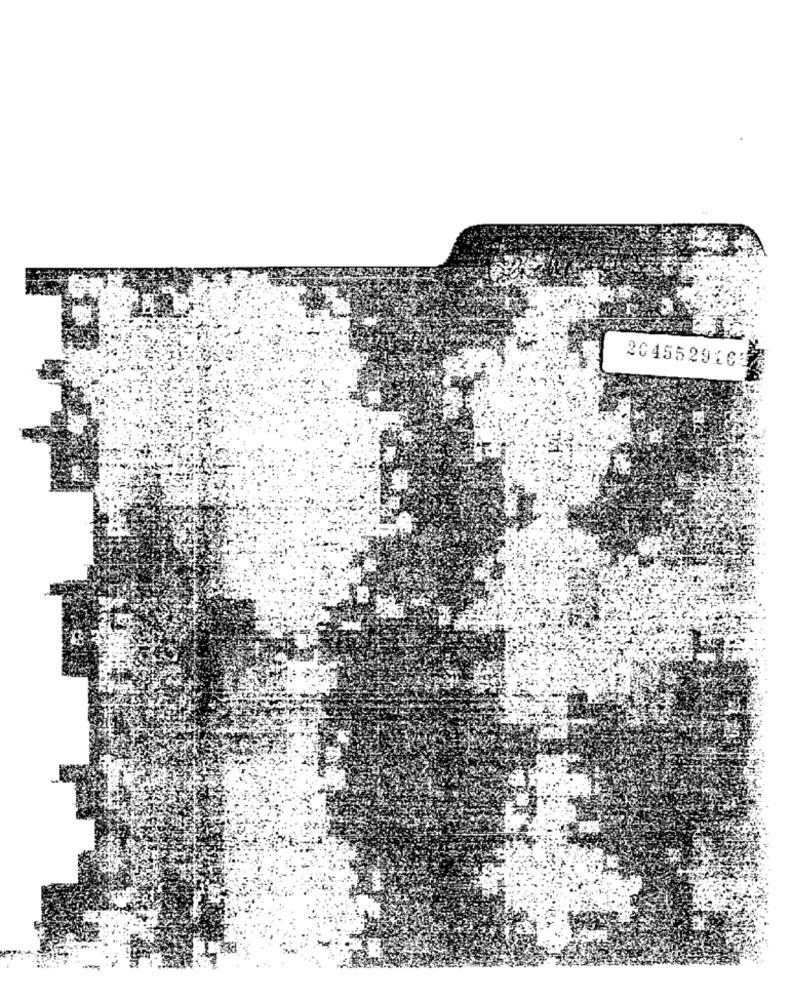
2045529163